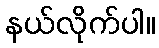
နယ်လိုက်ပါ။